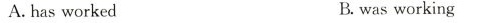
A.has worked B.was working